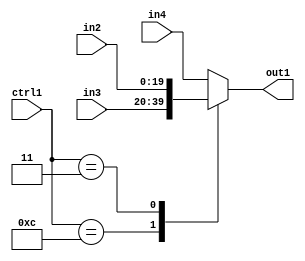
`timescale 1ps / 1ps
/*****************************************************************************
    Verilog RTL Description
    
    
    Created by: Stratus DpOpt 21.05.01 
*******************************************************************************/

module SobelFilter_N_Mux_20_3_19_1 (
	in4,
	in3,
	in2,
	ctrl1,
	out1
	); /* architecture "behavioural" */ 
input [19:0] in4,
	in3,
	in2;
input [4:0] ctrl1;
output [19:0] out1;
wire [19:0] asc001;

reg [19:0] asc001_tmp_0;
assign asc001 = asc001_tmp_0;
always @ (ctrl1 or in3 or in2 or in4) begin
	casez (ctrl1)
		5'B01100 : asc001_tmp_0 = in3 ;
		5'B00011 : asc001_tmp_0 = in2 ;
		default : asc001_tmp_0 = in4 ;
	endcase
end

assign out1 = asc001;
endmodule

/* CADENCE  v7P3TQw= : u9/ySxbfrwZIxEzHVQQV8Q== ** DO NOT EDIT THIS LINE ******/